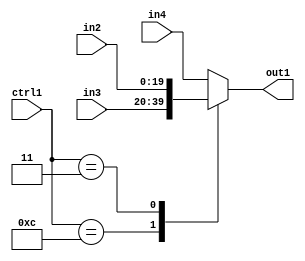
`timescale 1ps / 1ps
/*****************************************************************************
    Verilog RTL Description
    
    
    Created by: Stratus DpOpt 21.05.01 
*******************************************************************************/

module SobelFilter_N_Mux_20_3_19_1 (
	in4,
	in3,
	in2,
	ctrl1,
	out1
	); /* architecture "behavioural" */ 
input [19:0] in4,
	in3,
	in2;
input [4:0] ctrl1;
output [19:0] out1;
wire [19:0] asc001;

reg [19:0] asc001_tmp_0;
assign asc001 = asc001_tmp_0;
always @ (ctrl1 or in3 or in2 or in4) begin
	casez (ctrl1)
		5'B01100 : asc001_tmp_0 = in3 ;
		5'B00011 : asc001_tmp_0 = in2 ;
		default : asc001_tmp_0 = in4 ;
	endcase
end

assign out1 = asc001;
endmodule

/* CADENCE  v7P3TQw= : u9/ySxbfrwZIxEzHVQQV8Q== ** DO NOT EDIT THIS LINE ******/